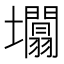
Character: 𡓲